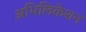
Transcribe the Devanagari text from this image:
अभिलिकेशन